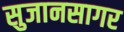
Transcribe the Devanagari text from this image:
सुजानसागर